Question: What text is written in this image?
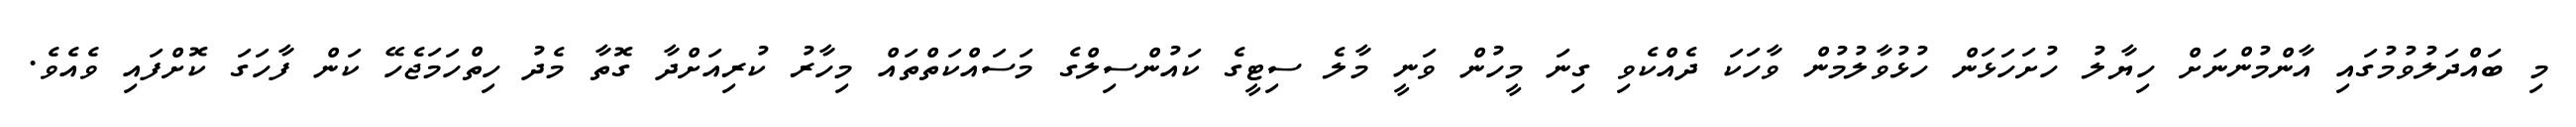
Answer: މި ބައްދަލުވުމުގައި އާންމުންނަށް ހިޔާލު ހުށަހަޅަން ހުޅުވާލުމުން ވާހަކަ ދެއްކެވި ގިނަ މީހުން ވަނީ މާލެ ސިޓީގެ ކައުންސިލްގެ މަސައްކަތްތައް މިހާރު ކުރިއަށްދާ ގޮތާ މެދު ހިތްހަމަޖެހޭ ކަން ފާހަގަ ކޮށްފައި ވެއެވެ.